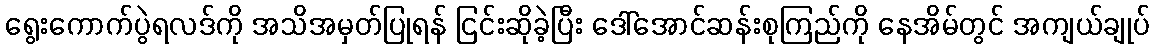
ရွေးကောက်ပွဲရလဒ်ကို အသိအမှတ်ပြုရန် ငြင်းဆိုခဲ့ပြီး ဒေါ်အောင်ဆန်းစုကြည်ကို နေအိမ်တွင် အကျယ်ချုပ်